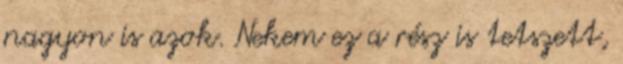
nagyon is azok. Nekem ez a rész is tetszett,